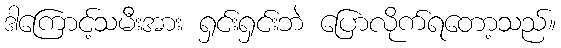
ဒါကြောင့်သမီးအား ရှင်းရှင်းဘဲ ပြောလိုက်ရတော့သည်။